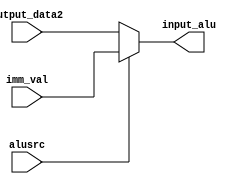
`timescale 1ns / 1ps
//////////////////////////////////////////////////////////////////////////////////
// Company: 
// Engineer: 
// 
// Design Name: 
// Module Name:    new_mux 
// Project Name: 
// Target Devices: 
// Tool versions: 
// Description: 
//
// Dependencies: 
//
// Revision: 
// Revision 0.01 - File Created
// Additional Comments: 
//
//////////////////////////////////////////////////////////////////////////////////
module new_mux(
input alusrc,
input [31:0] output_data2,
input [31:0] imm_val,
output reg [31:0] input_alu
);

always @(*) begin
	if(alusrc == 1)
	input_alu = imm_val;
	else 
	input_alu = output_data2;
end
endmodule